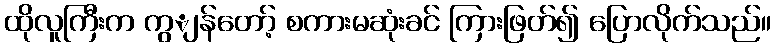
ထိုလူကြီးက ကွျန်တော့် စကားမဆုံးခင် ကြားဖြတ်၍ ပြောလိုက်သည်။